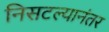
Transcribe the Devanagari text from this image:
निसटल्यानंतर